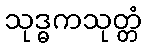
သုဒ္ဓကသုတ္တံ